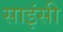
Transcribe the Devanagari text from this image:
साइंसी